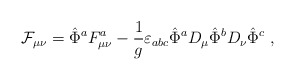
\begin{align*}{\cal F}_{\mu\nu} = \hat{\Phi}^a F_{\mu\nu}^a -\frac{1}{g} \varepsilon_{abc} \hat{\Phi}^a D_\mu \hat{\Phi}^b D_\nu \hat{\Phi}^c \ ,\end{align*}